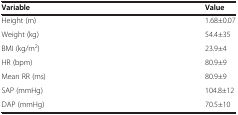
<table><thead><tr><td><b>Variable</b></td><td><b>Value</b></td></tr></thead><tbody><tr><td>Height (m)</td><td>1.68±0.07</td></tr><tr><td>Weight (kg)</td><td>54.4±35</td></tr><tr><td>BMI (kg/m<sup>2</sup>)</td><td>23.9±4</td></tr><tr><td>HR (bpm)</td><td>80.9±9</td></tr><tr><td>Mean RR (ms)</td><td>80.9±9</td></tr><tr><td>SAP (mmHg)</td><td>104.8±12</td></tr><tr><td>DAP (mmHg)</td><td>70.5±10</td></tr></tbody></table>